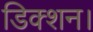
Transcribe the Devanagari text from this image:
डिक्शन।